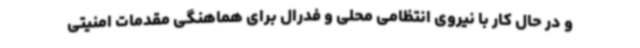
و در حال کار با نیروی انتظامی محلی و فدرال برای هماهنگی مقدمات امنیتی